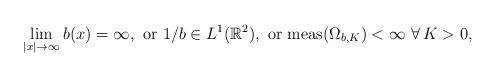
LaTeX: \begin{align*} \lim_{|x|\rightarrow \infty}b(x) = \infty, \ \textrm{or} \ 1/b \in L^1(\mathbb{R}^2), \ \textrm{or} \ \mbox{meas}(\Omega_{b,K})<\infty \ \forall \, K>0,\end{align*}